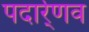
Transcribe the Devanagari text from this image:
पदार्र्णव